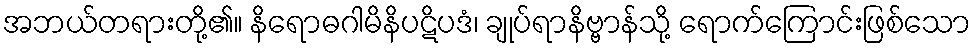
အဘယ်တရားတို့၏။ နိရောဓဂါမိနိပဋိပဒံ၊ ချုပ်ရာနိဗ္ဗာန်သို့ ရောက်ကြောင်းဖြစ်သော